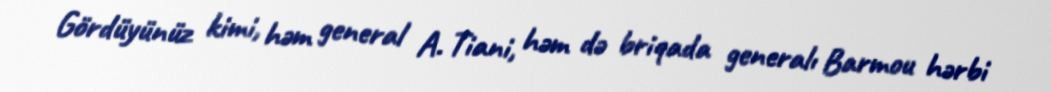
Gördüyünüz kimi, həm general A. Tiani, həm də briqada generalı Barmou hərbi